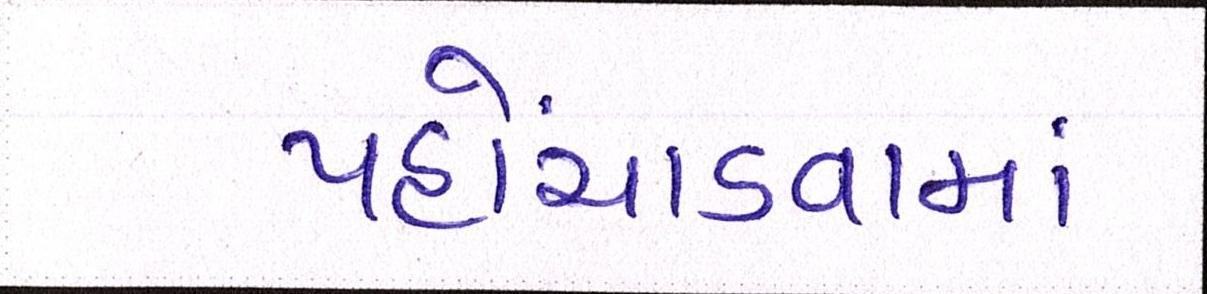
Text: પહોંચાડવામાં